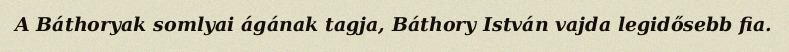
A Báthoryak somlyai ágának tagja, Báthory István vajda legidősebb fia.